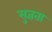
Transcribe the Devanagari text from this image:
सुज्ञता